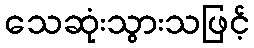
သေဆုံးသွားသဖြင့်